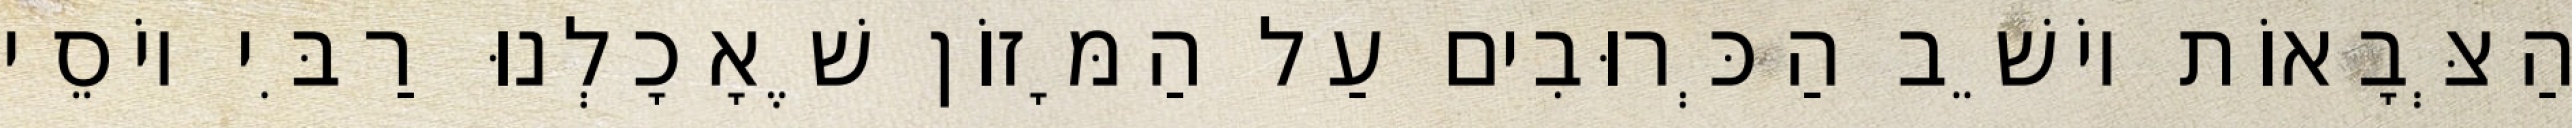
הַצְּבָאוֹת יוֹשֵׁב הַכְּרוּבִים עַל הַמָּזוֹן שֶׁאָכָלְנוּ רַבִּי יוֹסֵי